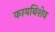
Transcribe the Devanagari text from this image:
कायबिशेव